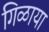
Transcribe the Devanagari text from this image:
गिळाया